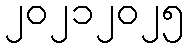
၂၀၂၁၂၀၂၅